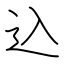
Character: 込